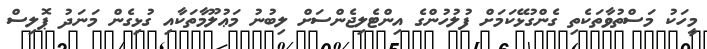
މީހަކު މަސްތުވާތަކެތި ގެންގުޅޭކަމަށް ފުލުހުންގެ އިންޓެލިޖެންސަށް ލިބުނު މަޢުލޫމާތަކާއި ގުޅިގެން މަނަދު ޕޮލިސް